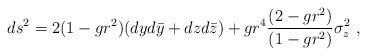
LaTeX: \begin{align*}ds^2 = 2 (1 - gr^2 ) (dy d\bar y + dz d\bar z) + g r^4 {(2-gr^2)\over(1-gr^2)} \sigma_z^2\ ,\end{align*}